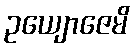
ဥယျောဇေမိ